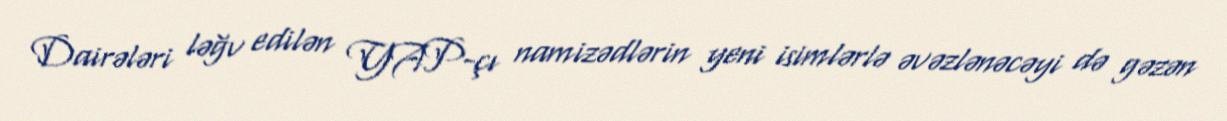
Dairələri ləğv edilən YAP-çı namizədlərin yeni isimlərlə əvəzlənəcəyi də gəzən